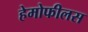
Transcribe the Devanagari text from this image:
हेमोफीलस